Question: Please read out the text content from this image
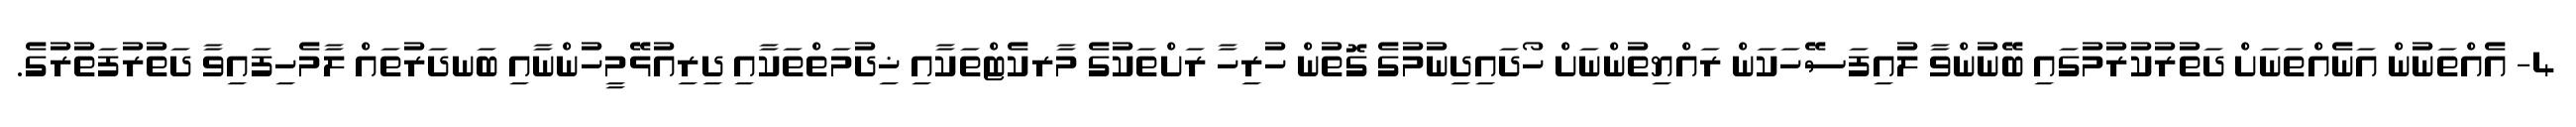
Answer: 4- އެއްތަނުން އަނެއްތަނަށް ދަތުރުކުރުމުގައި ބޭނުންވާ ލުއިފަސޭހަކަން ރައްޔިތުންނަށް ހޯދައިދިނުމުގެ ގޮތުން ހުރިހާ ރަށްތަކުގެ މާރކެޓްތަކާއި ޚިދުމަތްތަކާއި ދިރިއުޅޭމީހުންނާއި ބަނދަރުތައް ލާމެހިފައިވާ ދަތުރުފަތުރުގެ.